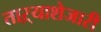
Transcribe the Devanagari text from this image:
ताऱ्याशेजारी